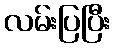
လမ်းပြပြီး